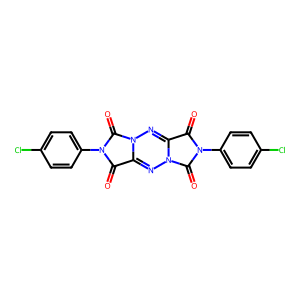
SMILES: O=c1c2nn3c(=O)n(-c4ccc(Cl)cc4)c(=O)c3nn2c(=O)n1-c1ccc(Cl)cc1
Inhibits HIV replication: No